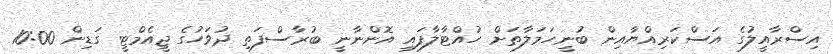
އިސްރާއީލުގެ އަސްކަރިއްޔާއިން ބުނީހަމަލާތަށް ހުއްޓާލާފައި އޮންނާނީ ބުރާސްފަތި ދުވަހުގެ ޖީއެމްޓީ ގަޑިން 10:00